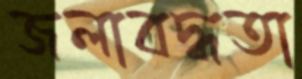
জলাবদ্ধতা